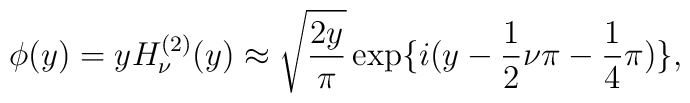
\phi(y) = y H_{\nu}^{(2)}(y) \approx \sqrt{\frac{2y}{\pi}} \exp \lbrace i(y -  \frac{1}{2} \nu \pi - \frac{1}{4} \pi) \rbrace,